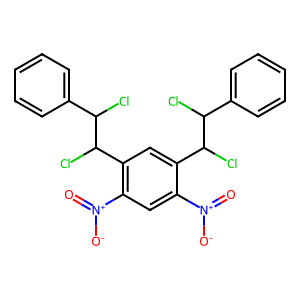
SMILES: O=[N+]([O-])c1cc([N+](=O)[O-])c(C(Cl)C(Cl)c2ccccc2)cc1C(Cl)C(Cl)c1ccccc1
Inhibits HIV replication: No